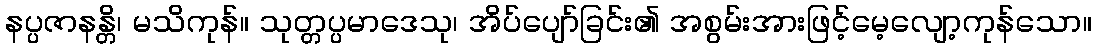
နပ္ပဇာနန္တိ၊ မသိကုန်။ သုတ္တပ္ပမာဒေသု၊ အိပ်ပျော်ခြင်း၏ အစွမ်းအားဖြင့်မေ့လျော့ကုန်သော။